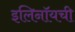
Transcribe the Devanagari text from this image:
इलिनॉयची